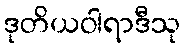
ဒုတိယဝါရာဒီသု